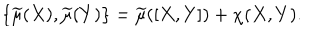
\{ \widetilde { \mu } ( X ) , \widetilde { \mu } ( Y ) \} = \widetilde { \mu } ( [ X , Y ] ) + \chi ( X , Y ) .